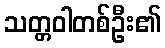
သတ္တဝါတစ်ဦး၏